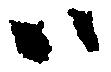
ハ